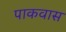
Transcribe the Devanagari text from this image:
पाकवास